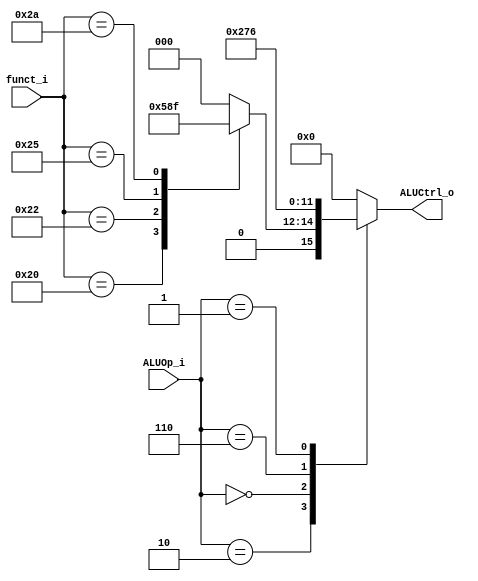
// ALU Controller
/// 0616086
//--------------------------------------------------------------------------------

module ALU_Ctrl(
          funct_i,
          ALUOp_i,
          ALUCtrl_o
          );
          
//I/O ports 
input      [6-1:0] funct_i;
input      [3-1:0] ALUOp_i;

output     [4-1:0] ALUCtrl_o;    
     
//Internal Signals
reg        [4-1:0] ALUCtrl_o;

//Parameter
       
//Select exact operation
always @(*) begin
  case (ALUOp_i)
    3'b010:
      case (funct_i)
        6'h20: ALUCtrl_o <= 4'b0010;  //add
        6'h22: ALUCtrl_o <= 4'b0110;  //sub
        6'h24: ALUCtrl_o <= 4'b0000;  //and
        6'h25: ALUCtrl_o <= 4'b0001;  //or
        6'h2a: ALUCtrl_o <= 4'b0111;  //slt
        default: ALUCtrl_o <= 4'b0000;
      endcase
    3'b000: ALUCtrl_o <= 4'b0010;  //addi 
    3'b110: ALUCtrl_o <= 4'b0111;  //slti
    3'b001: ALUCtrl_o <= 4'b0110;  //beq
    default: ALUCtrl_o <= 4'b0000;
  endcase
end

endmodule